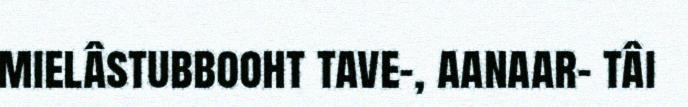
mielâstubbooht tave-, aanaar- tâi